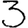
Digit: 3